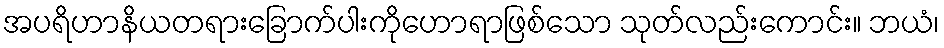
အပရိဟာနိယတရားခြောက်ပါးကိုဟောရာဖြစ်သော သုတ်လည်းကောင်း။ ဘယံ၊